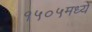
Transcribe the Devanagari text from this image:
१५०५मध्ये